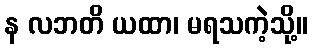
န လဘတိ ယထာ၊ မရသကဲ့သို့။